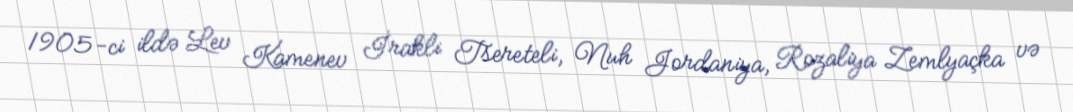
1905-ci ildə Lev Kamenev İrakli Tsereteli, Nuh Jordaniya, Rozaliya Zemlyaçka və